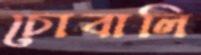
চোবালি